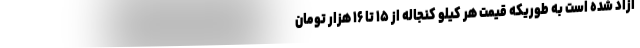
آزاد شده است به طوریکه قیمت هر کیلو کنجاله از ۱۵ تا ۱۶ هزار تومان